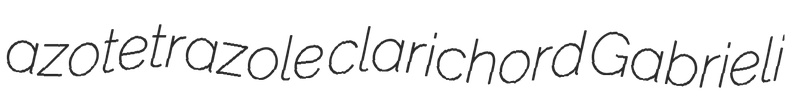
azotetrazole clarichord Gabrieli